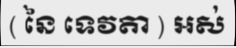
( នៃ ទេវតា ) អស់